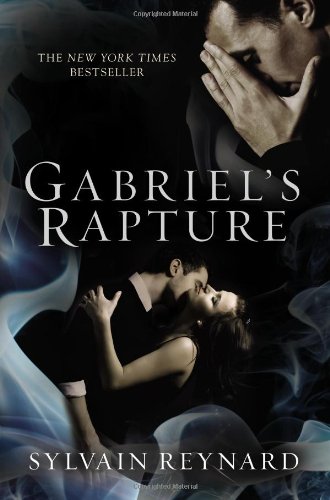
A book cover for Gabriel's Rapture; Sylvain Reynard; Romance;